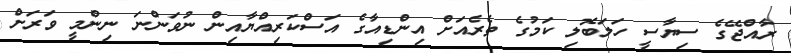
ރާއްޖޭގެ ސިޔާސީ ހަލަބޮލި ކަމުގެ ތެރެއަށް އިންޑިއާގެ އަސްކަރިއްޔާއިން ނުވަންނަ ނިންމީ ވަރަށް